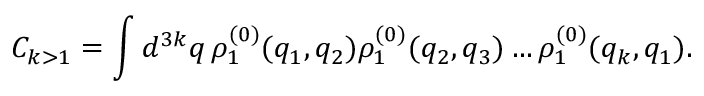
C _ { k > 1 } = \int d ^ { 3 k } q \, \rho _ { 1 } ^ { ( 0 ) } ( q _ { 1 } , q _ { 2 } ) \rho _ { 1 } ^ { ( 0 ) } ( q _ { 2 } , q _ { 3 } ) \ldots \rho _ { 1 } ^ { ( 0 ) } ( q _ { k } , q _ { 1 } ) .